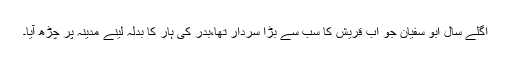
اگلے سال ابو سفیان جو اب قریش کا سب سے بڑا سردار تھا،بدر کی ہار کا بدلہ لینے مدینہ پر چڑھ آیا۔